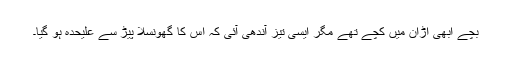
بچے ابھی اڑان میں کچے تھے مگر ایسی تیز آندھی آئی کہ اس کا گھونسلا پیڑ سے علیحدہ ہو گیا۔